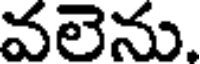
వలెను.